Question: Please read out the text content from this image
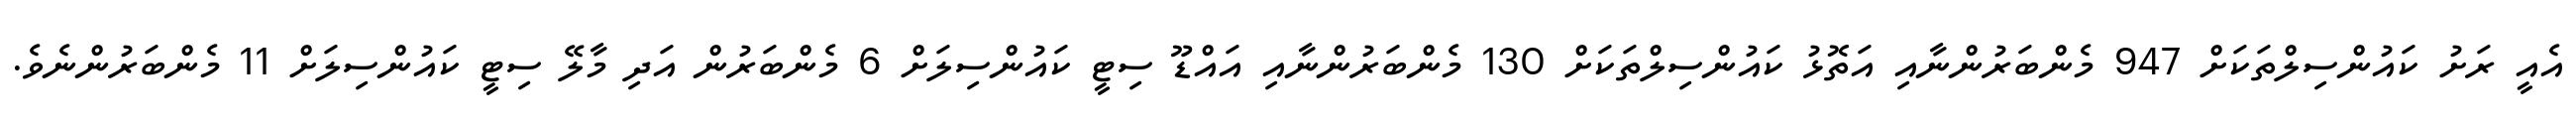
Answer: އެއީ ރަށު ކައުންސިލްތަކަށް 947 މެންބަރުންނާއި އަތޮޅު ކައުންސިލްތަކަށް 130 މެންބަރުންނާއި އައްޑޫ ސިޓީ ކައުންސިލަށް 6 މެންބަރުން އަދި މާލޭ ސިޓީ ކައުންސިލަށް 11 މެންބަރުންނެވެ.